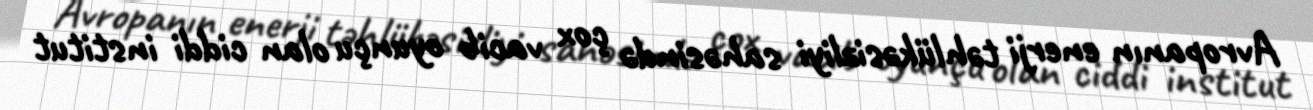
Avropanın enerji təhlükəsizliyi sahəsində çox vacib oyunçu olan ciddi institut